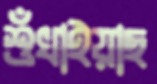
শুঁখাইয়াছ